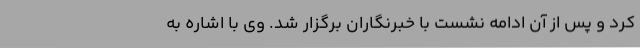
کرد و پس از آن ادامه نشست با خبرنگاران برگزار شد. وی با اشاره به